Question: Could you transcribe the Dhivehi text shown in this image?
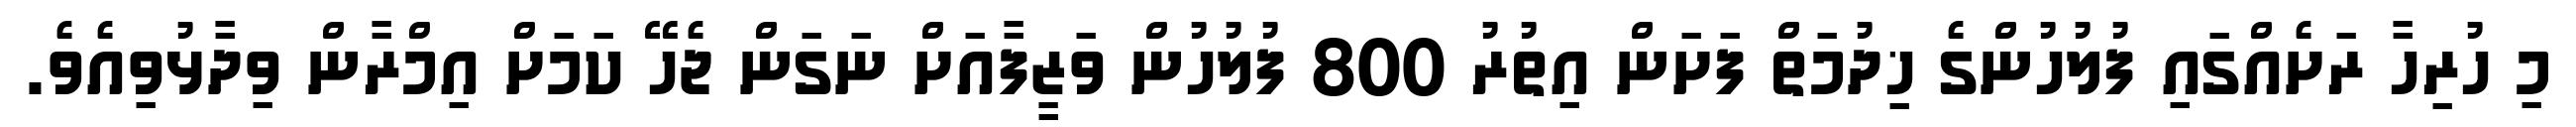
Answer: މި ހުރިހާ ރަށެއްގައި ފުލުހުންގެ ޚިދުމަތް ފަށަން އިތުރު 800 ފުލުހުން ވަޒީފާއަށް ނަގަން ޖެހޭ ކަމަށް އިމްރާން ވިދާޅުވިއެވެ.